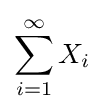
\sum _{i=1}^{\infty }X_{i}